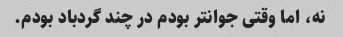
نه، اما وقتی جوانتر بودم در چند گردباد بودم.